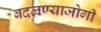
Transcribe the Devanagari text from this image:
बदलण्याजोगी